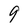
Character: 9